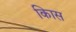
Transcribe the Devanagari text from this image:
किास